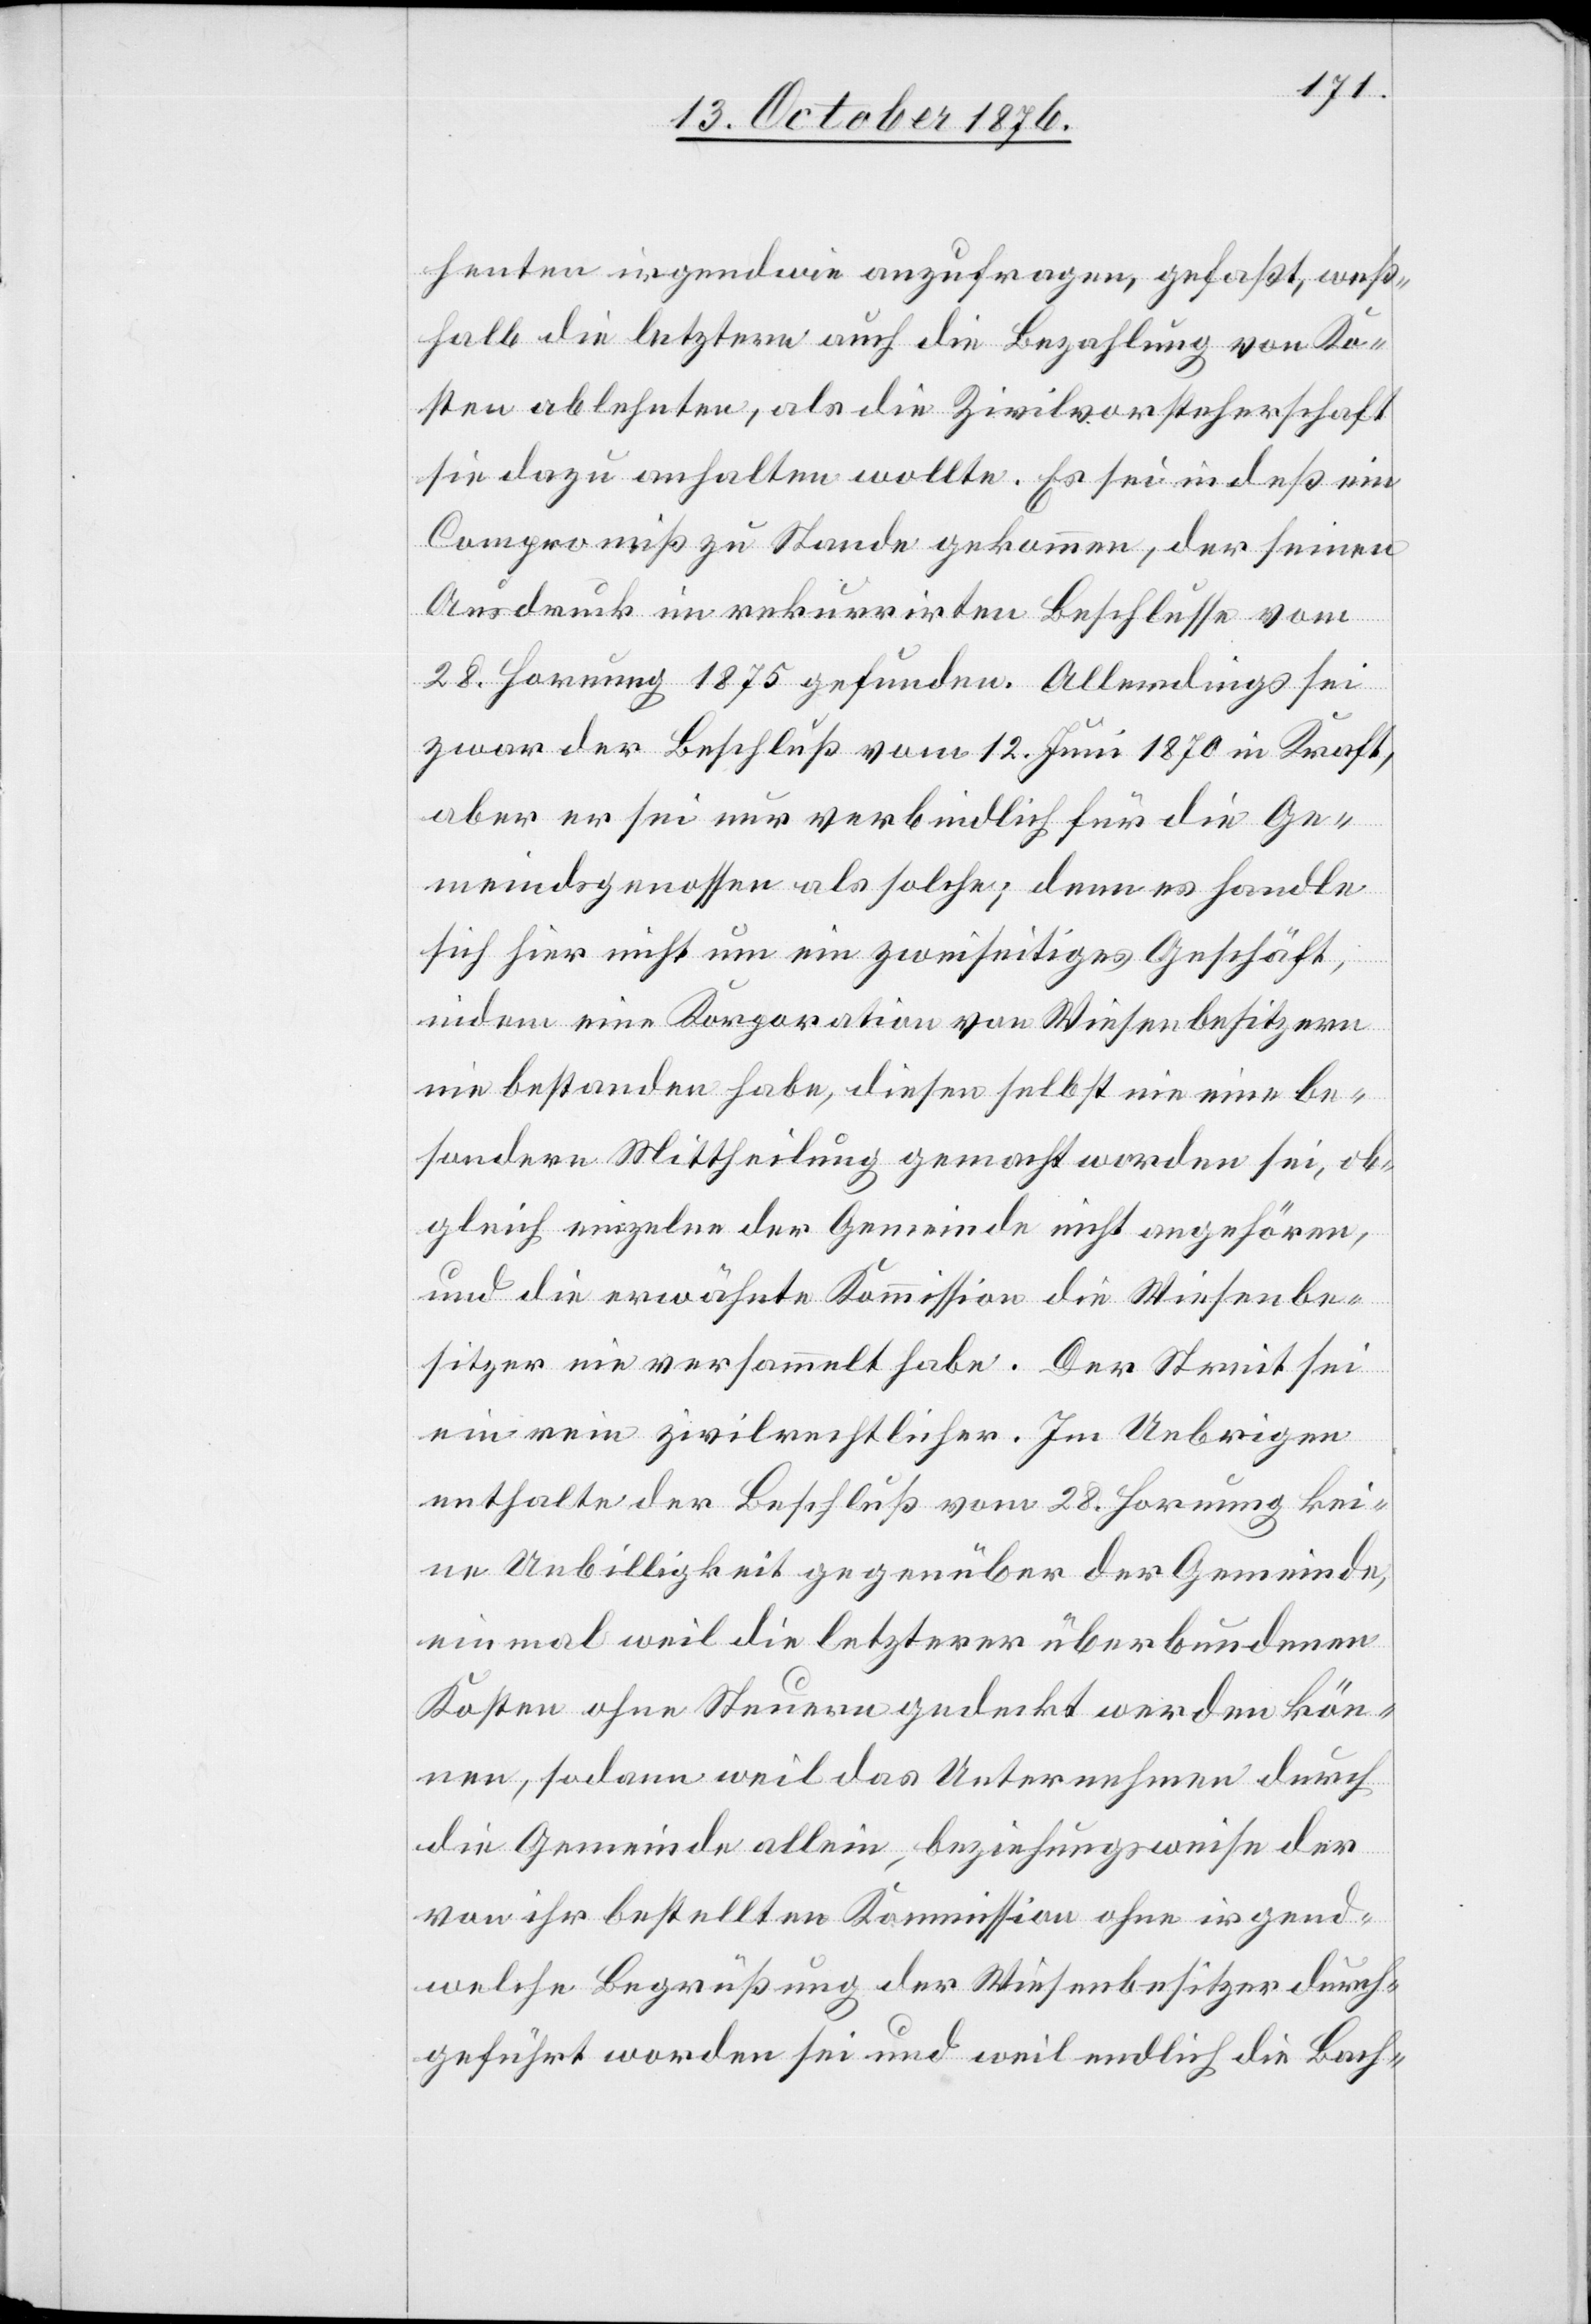
henten irgendwie anzufragen, gefaßt, weß¬
halb die letztern auch die Bezahlung von Ko¬
sten ablehnten, als die Zivilvorsteherschaft
sie dazu anhalten wollte. Es sei indeß ein
Kompromiß zu Stande gekommen, der seinen
Ausdruck im rekurrirten Beschlusse vom
28. Hornung 1875 gefunden. Allerdings sei
zwar der Beschluß vom 12. Juni 1870 in Kraft,
aber er sei nur verbindlich für die Ge¬
meindsgenossen als solche; denn es handle
sich hier nicht um ein zweiseitiges Geschäft,
indem eine Korporation von Wiesenbesitzern
nie bestanden habe, diesen selbst nie eine be¬
sondere Mittheilung gemacht worden sei, ob¬
gleich einzelne der Gemeinde nicht angehören,
und die erwähnte Kommission die Wiesenbe¬
sitzer nie versammelt habe. Der Streit sei
ein rein zivilrechtlicher. Im Uebrigen
enthalte der Beschluß vom 28. Hornung kei¬
ne Unbilligkeit gegenüber der Gemeinde,
einmal weil die letzterer überbundenen
Kosten ohne Steuern gedeckt werden kön¬
nen, sodann weil das Unternehmen durch
die Gemeinde allein, beziehungsweise der
von ihr bestellten Kommission ohne irgend¬
welche Begrüßung der Wiesenbesitzer durch¬
geführt worden sei und weil endlich die Bach-